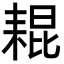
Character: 𦓼